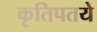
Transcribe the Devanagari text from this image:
कृतिपतये